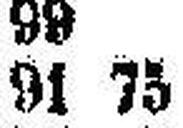
91 75